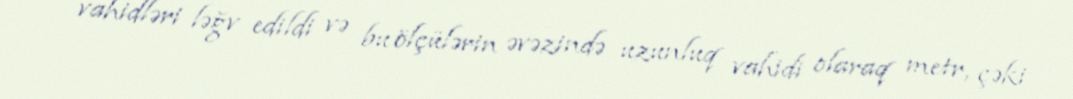
vahidləri ləğv edildi və bu ölçülərin əvəzində uzunluq vahidi olaraq metr, çəki